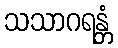
သသာဂရန္တံ